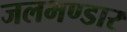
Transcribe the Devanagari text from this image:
जलभण्डार